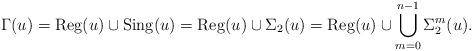
LaTeX: \begin{align*}\Gamma(u) = {\rm Reg}(u) \cup {\rm Sing}(u) = {\rm Reg}(u) \cup \Sigma_2(u) = {\rm Reg}(u) \cup \bigcup_{m = 0}^{n-1} \Sigma^m_2(u).\end{align*}